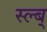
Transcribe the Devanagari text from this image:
स्ल्ब्